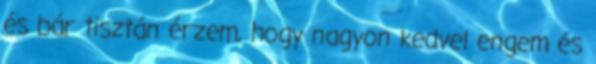
és bár tisztán érzem, hogy nagyon kedvel engem és